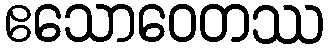
ဧသောဝေတဿ